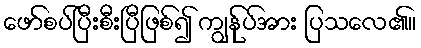
ဖော်စပ်ပြီးစီးပြီဖြစ်၍ ကျွန်ုပ်အား ပြသလေ၏။